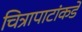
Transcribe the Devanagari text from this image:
चित्रापाटांकडे